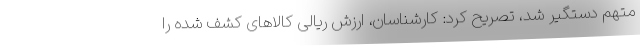
متهم دستگیر شد، تصریح کرد: کارشناسان، ارزش ریالی کالاهای کشف شده را